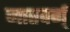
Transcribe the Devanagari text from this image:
जातवर्ग्